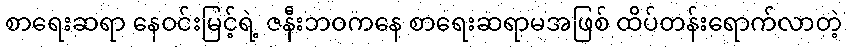
စာရေးဆရာ နေဝင်းမြင့်ရဲ့ ဇနီးဘဝကနေ စာရေးဆရာမအဖြစ် ထိပ်တန်းရောက်လာတဲ့